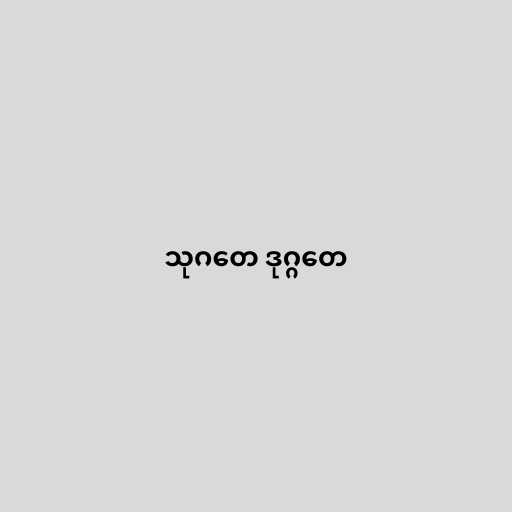
သုဂတေ ဒုဂ္ဂတေ